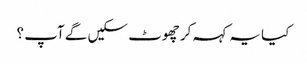
کیا یہ کہہ کر چھوٹ سکیں گے آپ ؟